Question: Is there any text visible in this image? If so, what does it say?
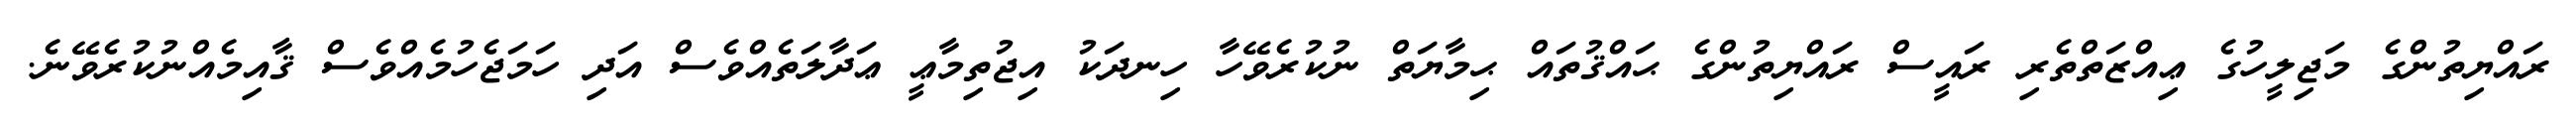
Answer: ރައްޔިތުންގެ މަޖިލީހުގެ ޢިއްޒަތްތެރި ރައީސް ރައްޔިތުންގެ ޙައްޤުތައް ޙިމާޔަތް ނުކުރެވޭހާ ހިނދަކު އިޖުތިމާޢީ ޢަދާލަތެއްވެސް އަދި ހަމަޖެހުމެއްވެސް ޤާއިމެއްނުކުރެވޭނެ.